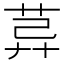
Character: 𦯸